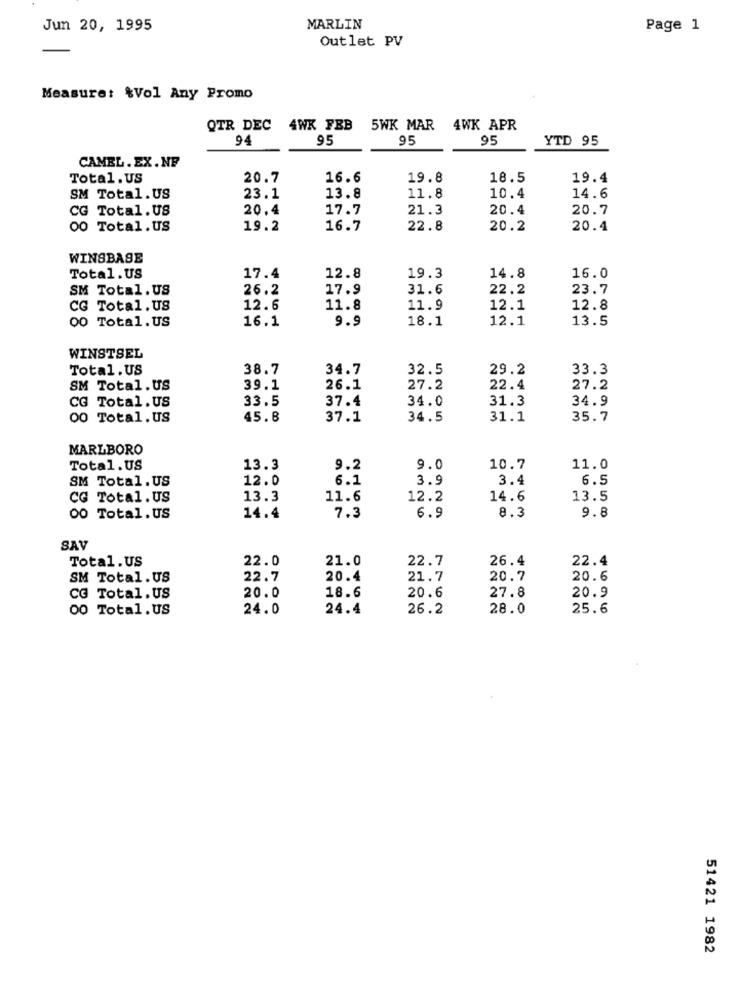
Jun 20, 1995
MARLIN
Page 1
Outlet PV
Measure: %Vol Any Promo
QTR DEC
4WK FEB
5WK MAR 4WK APR
94
95
95
95
YTD 95
CAMEL.EX.NF
Total.US
20.7
16.6
19.8
18.5
19.4
SM Total. US
23.1
13.8
11.8
10.4
14.6
CG Total.US
20.4
17.7
21.3
20.4
20.7
00 Total.US
19.2
16.7
22.8
20.2
20.4
WINSBASE
12.8
19.3
14.8
16.0
Total. US
17.4
SM Total. US
26.2
17.9
31.6
22.2
23.7
CG Total. US
12.6
11.8
11.9
12.1
12.8
00 Total. US
16.1
9.9
18.1
12.1
13.5
WINSTSEL
Total. US
38.7
34.7
32.5
29.2
33.3
SM Total. US
39.1
26.1
27.2
22.4
27.2
CG Total.US
33.5
37.4
34.0
31.3
34.9
00 Total. US
1688
45.8
37.1
34.5
31.1
35.7
MARLBORO
Total.US
13.3
9.2
9.0
10.7
11.0
SM Total. US
12.0
6.1
3.9
3.4
6.5
CG Total. US
13.3
11.6
12.2
14.6
13.5
6.9
9.8
00 Total. US
14.4
7.3
8.3
SAV
Total. US
22.0
21.0
22.7
26.4
22.4
SM Total. US
22.7
20.4
21.7
20.7
20.6
20.0
18.6
20.6
27.8
20.9
CG Total.US
00 Total. US
24.0
24.4
26.2
28.0
25.6
51421 1982